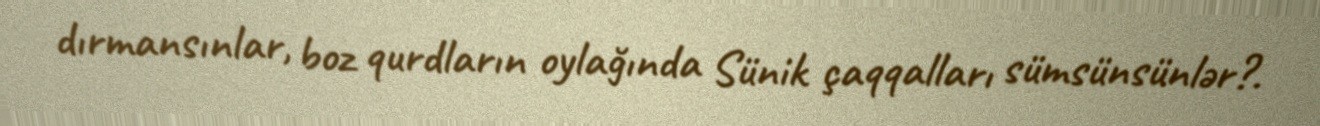
dırmansınlar, boz qurdların oylağında Sünik çaqqalları sümsünsünlər?.